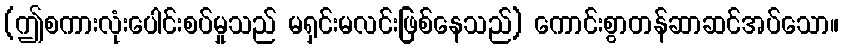
(ဤစကားလုံးပေါင်းစပ်မှုသည် မရှင်းမလင်းဖြစ်နေသည်) ကောင်းစွာတန်ဆာဆင်အပ်သော။